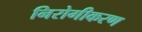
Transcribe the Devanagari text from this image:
निरोगीकरण